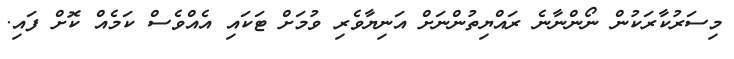
މިސަރުކާރަކުން ނޯންނާނެ ރައްޔިތުންނަށް އަނިޔާވެރި ވުމަށް ޓަކައި އެއްވެސް ކަމެއް ކޮށް ފައި.